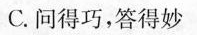
C问得巧，答得妙